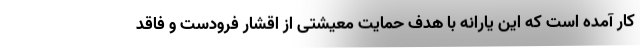
کار آمده است که این یارانه با هدف حمایت معیشتی از اقشار فرودست و فاقد